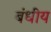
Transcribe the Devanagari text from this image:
बंधीय